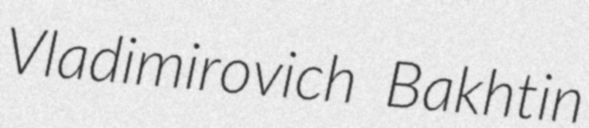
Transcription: Vladimirovich Bakhtin